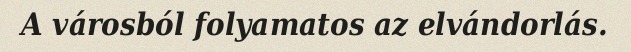
A városból folyamatos az elvándorlás.